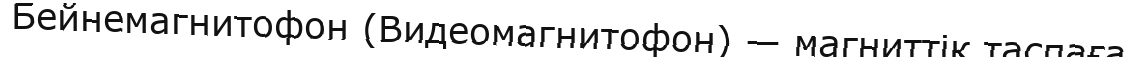
Бейнемагнитофон (Видеомагнитофон) — магниттік таспаға